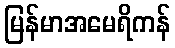
မြန်မာအမေရိကန်